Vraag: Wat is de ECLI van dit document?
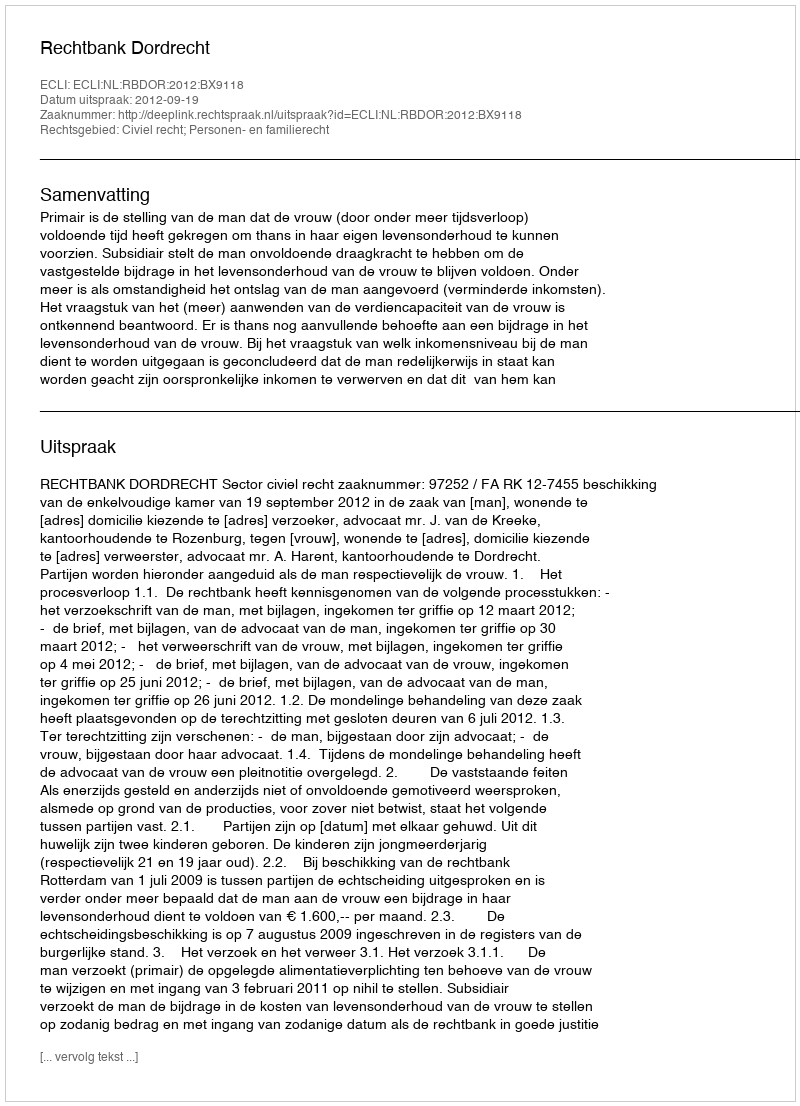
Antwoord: ECLI:NL:RBDOR:2012:BX9118